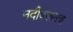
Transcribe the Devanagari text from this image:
नदीवरूनच